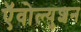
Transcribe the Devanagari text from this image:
ऍवोल्युशन